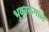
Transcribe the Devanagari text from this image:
भुकाकंगाल